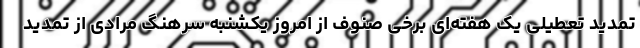
تمدید تعطیلی یک هفته‌ای برخی صنوف از امروز یکشنبه سرهنگ مرادی از تمدید